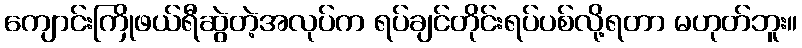
ကျောင်းကြိုဖယ်ရီဆွဲတဲ့အလုပ်က ရပ်ချင်တိုင်းရပ်ပစ်လို့ရတာ မဟုတ်ဘူး။